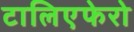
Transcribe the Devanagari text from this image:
टालिएफेरो